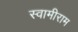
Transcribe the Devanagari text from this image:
स्वामीराम